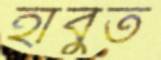
হাবুত